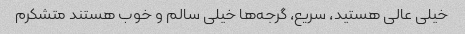
خیلی عالی هستید، سریع، گرجه‌ها خیلی سالم و خوب هستند متشکرم